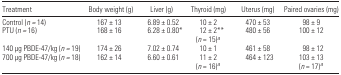
<table><thead><tr><td><b>Treatment</b></td><td><b>Body weight (g)</b></td><td><b>Liver (g)</b></td><td><b>Thyroid (mg)</b></td><td><b>Uterus (mg)</b></td><td><b>Paired ovaries (mg)</b></td></tr></thead><tbody><tr><td>Control (<i>n</i> = 14)</td><td>167 ± 13</td><td>6.89 ± 0.52</td><td>10 ± 2</td><td>470 ± 53</td><td>98 ± 9</td></tr><tr><td>PTU (<i>n</i> = 16)</td><td>168 ± 16</td><td>6.28 ± 0.80*</td><td>12 ± 2**(<i>n</i> = 15)a</td><td>480 ± 56</td><td>100 ± 12</td></tr><tr><td>140 μg PBDE-47/kg (<i>n</i> = 19)</td><td>174 ± 26</td><td>7.02 ± 0.74</td><td>10 ± 1</td><td>461 ± 58</td><td>98 ± 12</td></tr><tr><td>700 μg PBDE-47/kg (<i>n</i> = 18)</td><td>162 ± 14</td><td>6.60 ± 0.61</td><td>11 ± 2(<i>n</i> = 16)a</td><td>464 ± 123</td><td>103 ± 13(<i>n</i> = 17)a</td></tr></tbody></table>